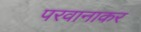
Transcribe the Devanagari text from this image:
परवानाकर